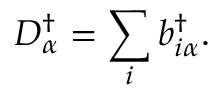
D _ { \alpha } ^ { \dagger } = \sum _ { i } b _ { i \alpha } ^ { \dagger } .